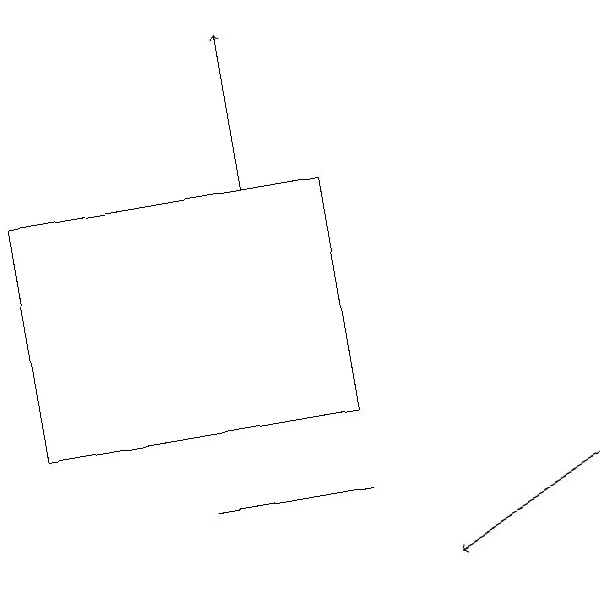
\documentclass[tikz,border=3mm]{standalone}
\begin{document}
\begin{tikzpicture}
\draw (1,16) rectangle (5,13);
\draw[->] (8,12) -- (6,11);
\draw (3,12) rectangle (5,12);
\draw[->] (4,16) -- (4,18);
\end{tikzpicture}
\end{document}